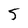
Character: 5